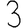
Digit: 3